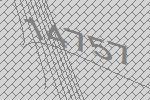
14757